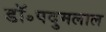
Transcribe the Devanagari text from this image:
डॉ॰पदुमलाल